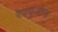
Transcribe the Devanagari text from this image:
रेफ्युजीज